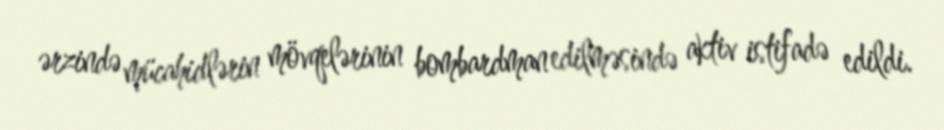
ərzində mücahidlərin mövqelərinin bombardman edilməsində aktiv istifadə edildi.